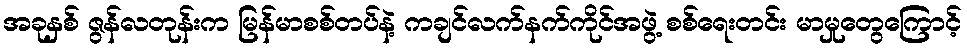
အခုနှစ် ဇွန်လတုန်းက မြန်မာစစ်တပ်နဲ့ ကချင်လက်နက်ကိုင်အဖွဲ့ စစ်ရေးတင်း မာမှုတွေကြောင့်